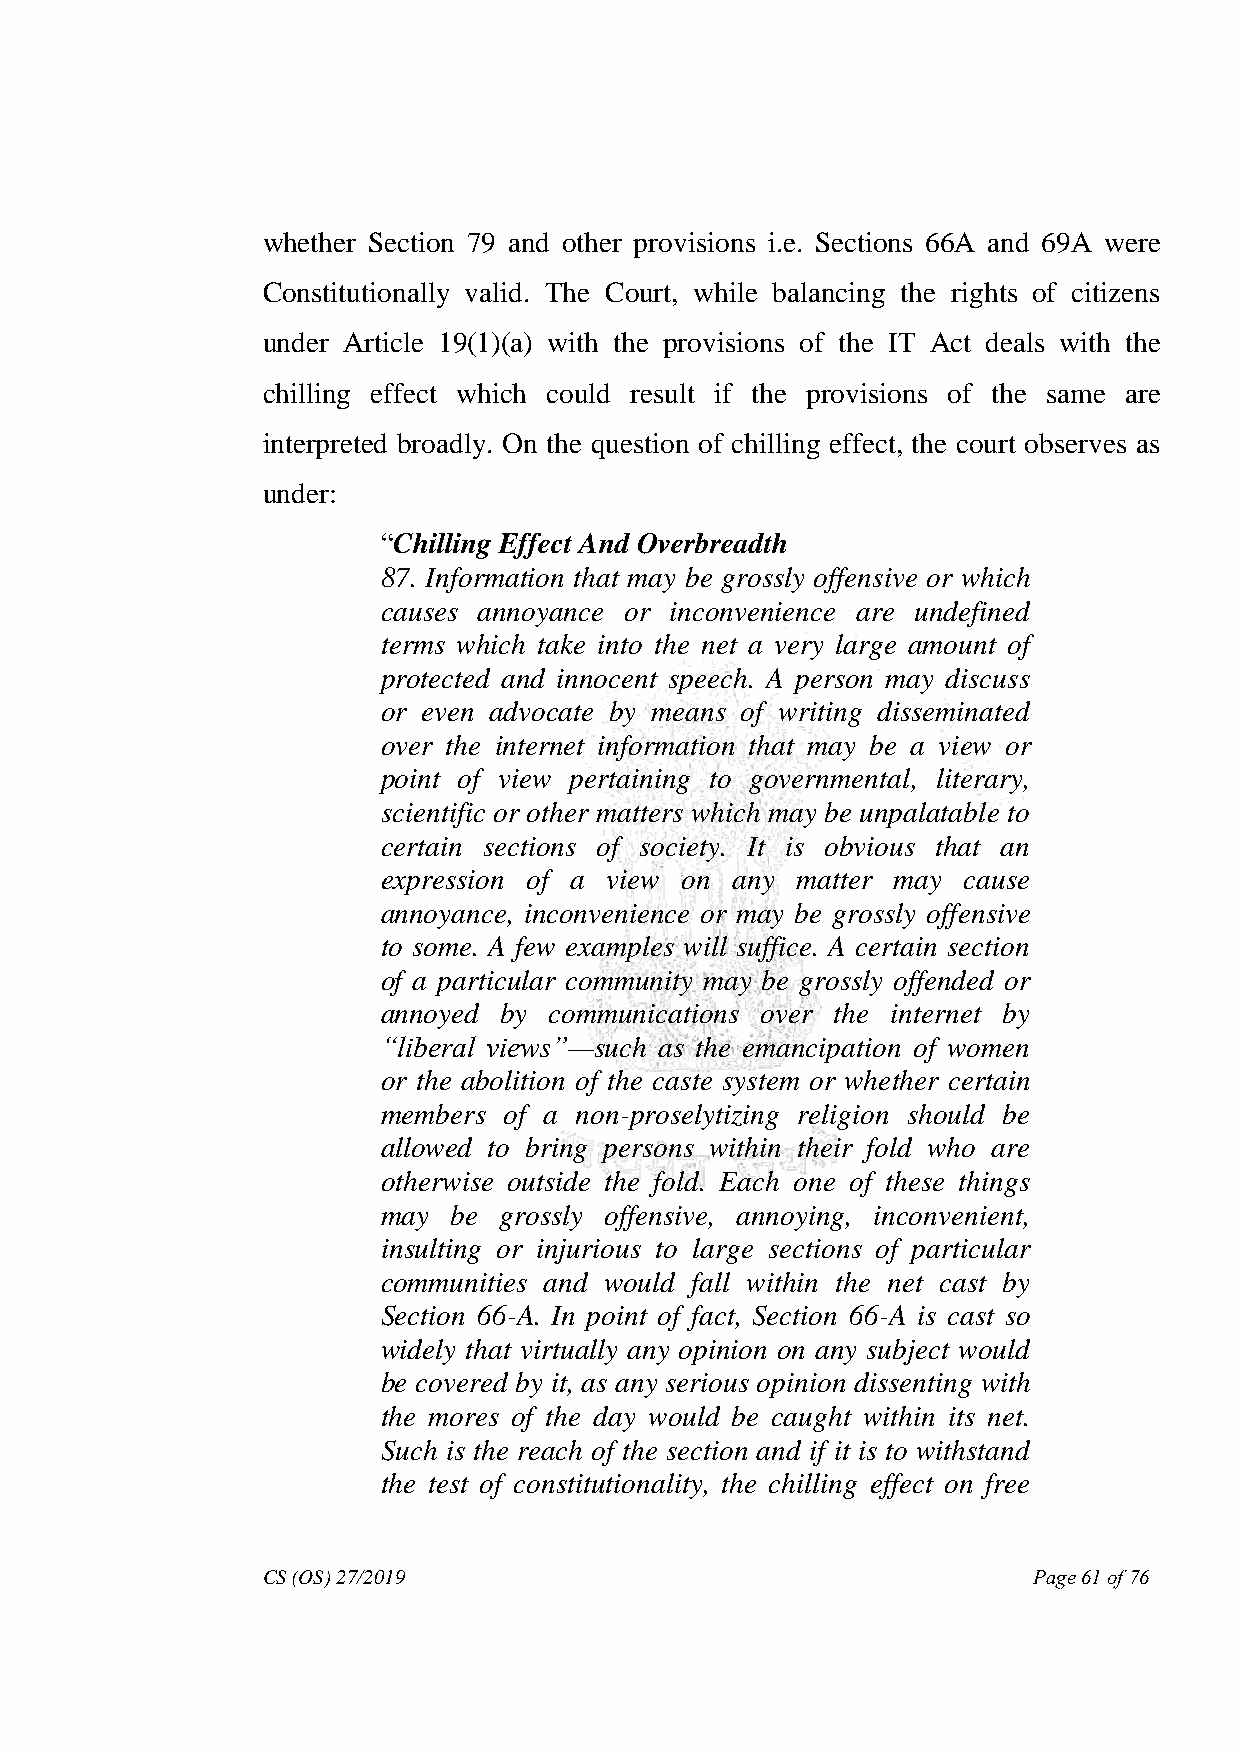
whether Section 79 and other provisions i.e. Sections 66A and 69A were
 Constitutionally valid. The Court, while balancing the rights of citizens
 under Article 19(1)(a) with the provisions of the IT Act deals with the
 chilling effect which could result if the provisions of the same are
 interpreted broadly. On the question of chilling effect, the court observes as
 under:
 “Chilling Effect And Overbreadth
 87. Information that may be grossly offensive or which
 causes annoyance or inconvenience are undefined
 terms which take into the net a very large amount of
 protected and innocent speech. A person may discuss
 or even advocate by means of writing disseminated
 over the internet information that may be a view or
 point of view pertaining to governmental, literary,
 scientific or other matters which may be unpalatable to
 certain sections of society. It is obvious that an
 expression of a view on any matter may cause
 annoyance, inconvenience or may be grossly offensive
 to some. A few examples will suffice. A certain section
 of a particular community may be grossly offended or
 annoyed by communications over the internet by
 ―liberal views‖—such as the emancipation of women
 or the abolition of the caste system or whether certain
 members of a non-proselytizing religion should be
 allowed to bring persons within their fold who are
 otherwise outside the fold. Each one of these things
 may  be grossly offensive, annoying, inconvenient,
 insulting or injurious to large sections of particular
 communities and would fall within the net cast by
 Section 66-A. In point of fact, Section 66-A is cast so
 widely that virtually any opinion on any subject would
 be covered by it, as any serious opinion dissenting with
 the mores of the day would be caught within its net.
 Such is the reach of the section and if it is to withstand
 the test of constitutionality, the chilling effect on free
 CS (OS) 27/2019                                    Page 61 of 76